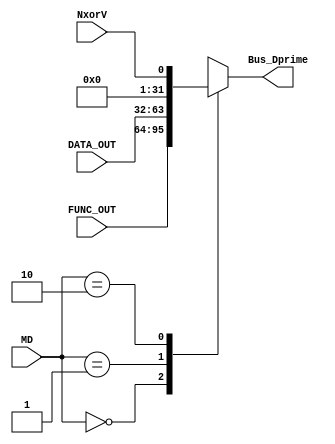
`timescale 1ns / 1ps

module mux_Dprime(
    input [1:0] MD,
    input [31:0] FUNC_OUT,
    input [31:0] DATA_OUT,
    input NxorV,
    output reg [31:0] Bus_Dprime
    );
    initial begin
        Bus_Dprime <= 0;
    end
    always @(*)
       begin
           case(MD)
               2'd0:    Bus_Dprime <= FUNC_OUT;
               2'd1:    Bus_Dprime <= DATA_OUT;
               2'd2:    Bus_Dprime <= {{31'b0},NxorV};
               default: Bus_Dprime <= 32'bx;
           endcase
       end    
endmodule